Sexual cycle of Leucocytozoon canis in the tick - Number 28
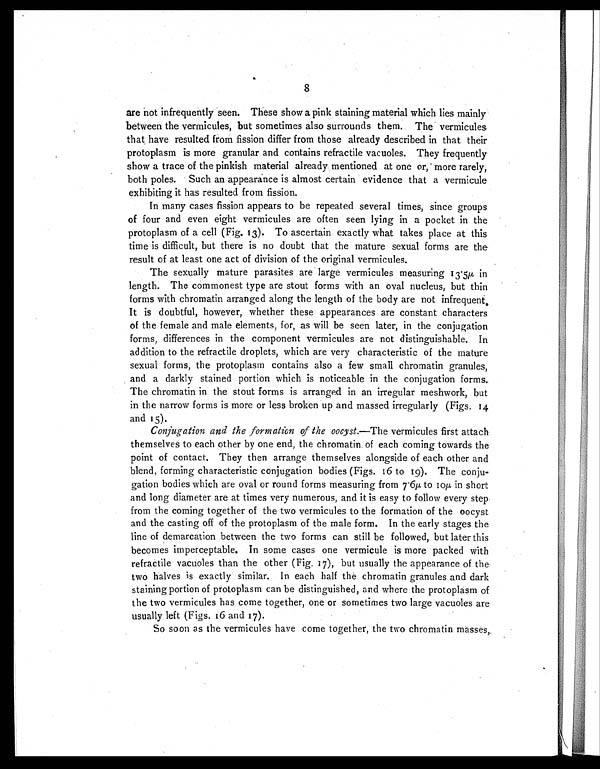
8
are not infrequently seen. These show a pink staining material which lies mainly
between the vermicules, but sometimes also surrounds them. The vermicules.
that have resulted from fission differ from those already described in that their
protoplasm is more granular and contains refractile vacuoles. They frequently
show a trace of the pinkish material already mentioned at one or, more rarely,
both poles. Such an appearance is almost certain evidence that a vermicule
exhibiting it has resulted from fission.
In many cases fission appears to be repeated several times, since groups
of four and even eight vermicules are often seen lying in a pocket in the
protoplasm of a cell (Fig. 13). To ascertain exactly what takes place at this
time is difficult, but there is no doubt that the mature sexual forms are the
result of at least one act of division of the original vermicules.
The sexually mature parasites are large vermicules measuring 13.5µ in
length. The commonest type are stout forms with an oval nucleus, but thin
forms with chromatin arranged along the length of the body are not infrequent.
It is doubtful, however, whether these appearances are constant characters
of the female and male elements, for, as will be seen later, in the conjugation
forms, differences in the component vermicules are not distinguishable. In
addition to the refractile droplets, which are very characteristic of the mature
sexual forms, the protoplasm contains also a few small chromatin granules,
and a darkly stained portion which is noticeable in the conjugation forms.
The chromatin in the stout forms is arranged in an irregular meshwork, but
in the narrow forms is more or less broken up and massed irregularly (Figs. 14
and 15).
Conjugation and the formation of the oocyst. —The vermicules first attach
themselves to each other by one end, the chromatin, of each coming towards the
point of contact. They then arrange themselves alongside of each other and
blend, forming characteristic conjugation bodies (Figs. 16 to 19). The conju-
gation bodies which are oval or round forms measuring from 7.6µ , to 10µ in short
and long diameter are at times very numerous, and it is easy to follow every step
from the coming together of the two vermicules to the formation of the oocyst
and the casting off of the protoplasm of the male form. In the early stages the
line of demarcation between the two forms can still be followed, but later this
becomes imperceptable. In some cases one vermicule is more packed with
refractile vacuoles than the other (Fig. 17), but usually the appearance of the
two halves is exactly similar. In each half the chromatin granules and dark
staining portion of protoplasm can be distinguished, and where the protoplasm of
the two vermicules has come together, one or sometimes two large vacuoles are
usually left (Figs. 16 and 17).
So soon as the vermicules have come together, the two chromatin masses,